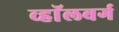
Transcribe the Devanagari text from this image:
व्हाॅलबर्ग